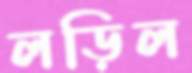
লড়িল